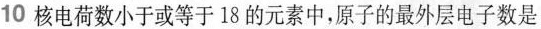
10核电荷数小于或等于18的元素中，原子的最外层电子数是